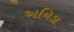
અનિડા